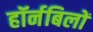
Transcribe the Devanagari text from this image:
हॉर्नबिलों